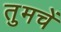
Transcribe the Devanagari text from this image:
तुमचें